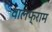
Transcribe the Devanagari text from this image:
वालफ्राम